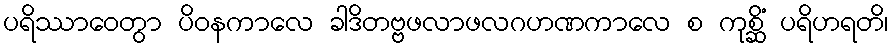
ပရိဿာဝေတွာ ပိဝနကာလေ ခါဒိတဗ္ဗဖလာဖလဂဟဏကာလေ စ ကုစ္ဆိံ ပရိဟရတိ၊